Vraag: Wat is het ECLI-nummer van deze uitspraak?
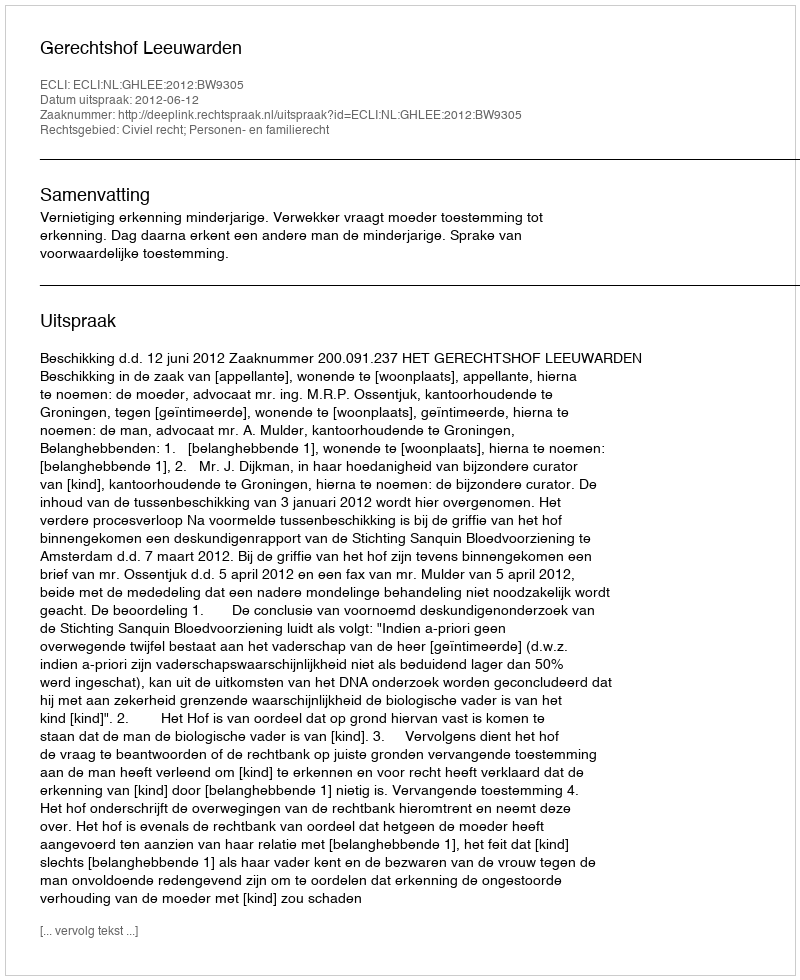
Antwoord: ECLI:NL:GHLEE:2012:BW9305